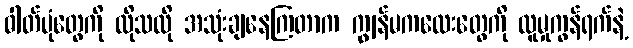
ဓါတ်ပုံတွေကို လိုသလို အသုံးချနေကြတာက ကျွန်မကလေးတွေကို လူမှုကွန်ရက်နဲ့